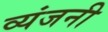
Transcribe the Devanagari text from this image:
व्यंजनी